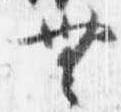
無